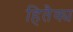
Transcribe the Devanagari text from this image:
हितैक्य